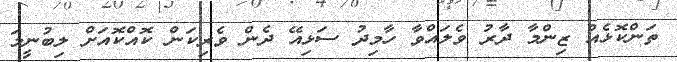
ތަންކޮޅެއް ޒިންމާ ދާރު ވެލައްވާ ހާމިދު ސަޅިއޭ ދެން ވެރިކަން ކޮއްކޮއަށް ލިބުނީމަ